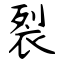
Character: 裂